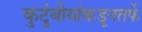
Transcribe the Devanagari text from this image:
कुटुंबीयांकडूनतर्फे